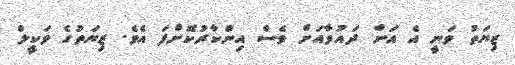
ޒިޔަތު ވަނީ އެ އަށް ދައުވާއަށް ވެސް އިންކާރުކޮށްފަ އެވެ. ޒިޔަތުގެ ވަކީލް